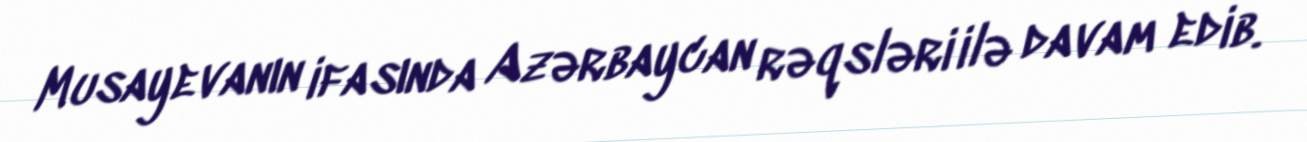
Musayevanın ifasında Azərbaycan rəqsləri ilə davam edib.